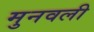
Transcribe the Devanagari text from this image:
मुनवली